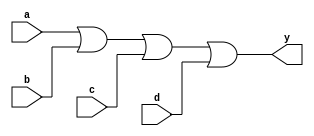
module xup_or4 #(parameter DELAY = 3)(
    input a,
    input b,
    input c,
    input d,
    output y
    );
    
    or #DELAY (y,a,b,c,d);
    
endmodule